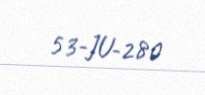
53-JU-280